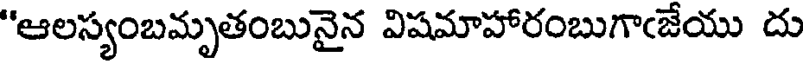
"ఆలస్యంబమృతంబునైన విషమాహారంబుగాఁజేయు దు